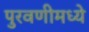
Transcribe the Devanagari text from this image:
पुरवणीमध्ये